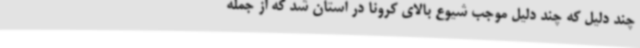
چند دلیل که چند دلیل موجب شیوع بالای کرونا در استان شد که از جمله